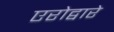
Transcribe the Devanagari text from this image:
एरोद्वारे